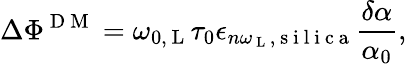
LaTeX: \Delta\Phi^{\mathrm{~D~M~}}=\omega_{0,\mathrm{~L~}}\tau_{0}\epsilon_{n\omega_{\mathrm{~L~}},\mathrm{~s~i~l~i~c~a~}}\frac{\delta\alpha}{\alpha_{0}},